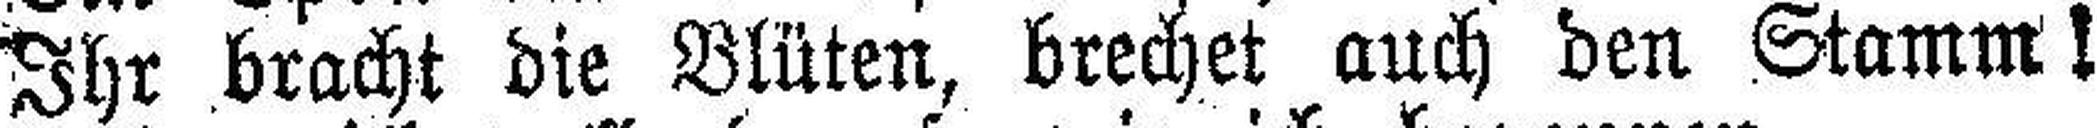
Ihr bracht die Blüten, brechet auch den Stamm !